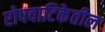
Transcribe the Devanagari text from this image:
रोपवाटिकेतील